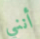
أنني